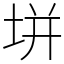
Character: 垪